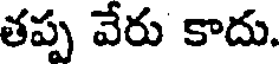
తప్ప వేరు కాదు.